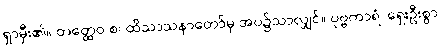
ရှာမှီး၏။ တတ္ထေဝ စ၊ ထိသာသနာတော်မှ အပ၌သာလျှင်။ ပုဗ္ဗကာရံ၊ ရှေးဦးစွာ